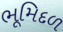
ભૂમિદળ